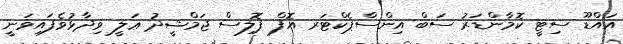
އައްޑޫ ސިޓީ ކޮމާންޑަރު ސަބް އިންސްޕެކްޓަރ އޮފް ޕޮލިސް ޖަމްޝީދު ޢަލީ ވިދާޅުވެފައިވަނީ